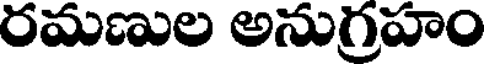
రమణుల అనుగ్రహం